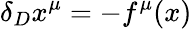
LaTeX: \delta_{D}x^{\mu}=-f^{\mu}(x)